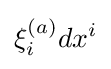
\xi _{i}^{(a)}dx^{i}